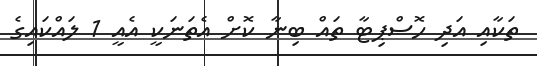
ތަކާއި އަދި ހޮސްޕިޓާ ތައް ބިނާ ކޮށް އެތަނަކީ އެއީ 1 ލައްކައިގެ